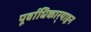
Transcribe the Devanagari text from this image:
पूर्वाधिकार्‍याहून